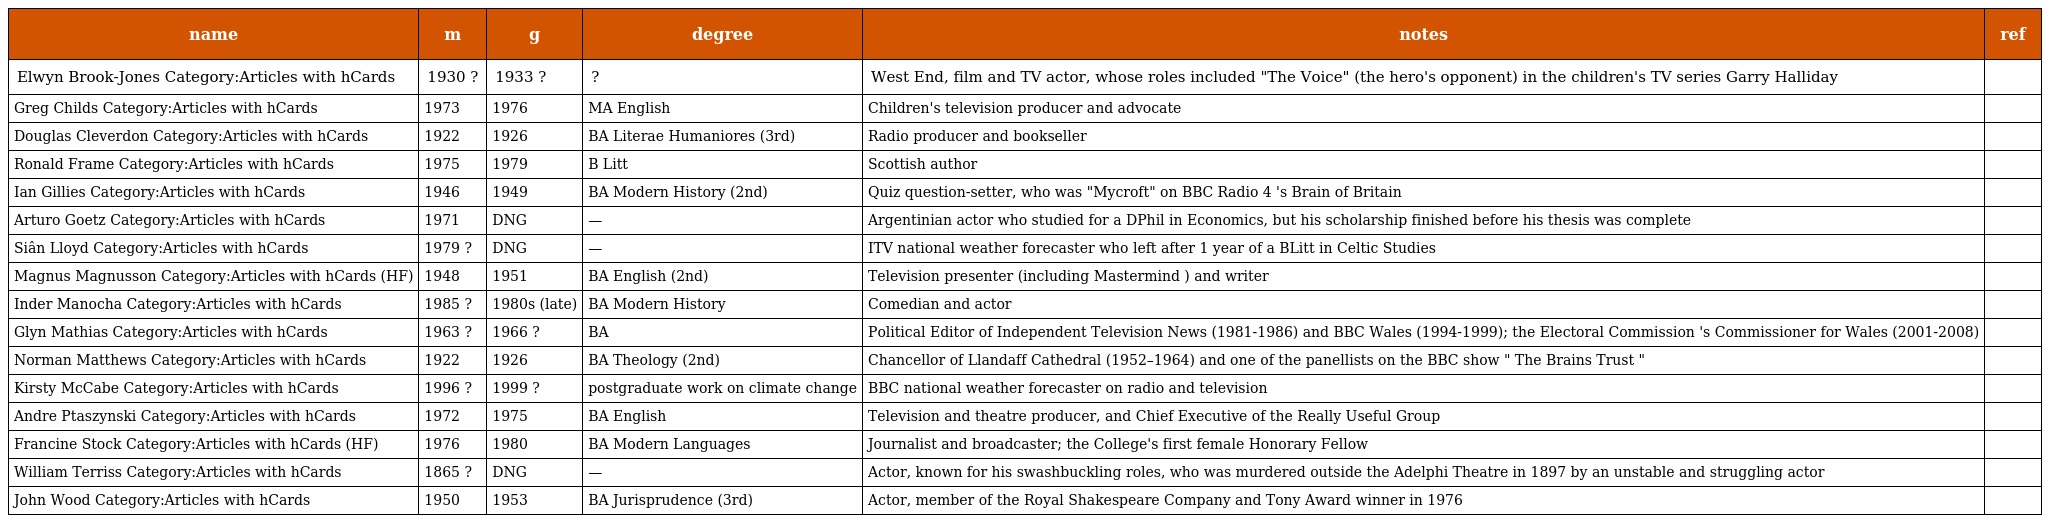
| name | m | g | degree | notes | ref |
 | --- | --- | --- | --- | --- | --- |
 | Elwyn Brook-Jones Category:Articles with hCards | 1930 ? | 1933 ? | ? | West End, film and TV actor, whose roles included "The Voice" (the hero's opponent) in the children's TV series Garry Halliday |  |
 | Greg Childs Category:Articles with hCards | 1973 | 1976 | MA English | Children's television producer and advocate |  |
 | Douglas Cleverdon Category:Articles with hCards | 1922 | 1926 | BA Literae Humaniores (3rd) | Radio producer and bookseller |  |
 | Ronald Frame Category:Articles with hCards | 1975 | 1979 | B Litt | Scottish author |  |
 | Ian Gillies Category:Articles with hCards | 1946 | 1949 | BA Modern History (2nd) | Quiz question-setter, who was "Mycroft" on BBC Radio 4 's Brain of Britain |  |
 | Arturo Goetz Category:Articles with hCards | 1971 | DNG | — | Argentinian actor who studied for a DPhil in Economics, but his scholarship finished before his thesis was complete |  |
 | Siân Lloyd Category:Articles with hCards | 1979 ? | DNG | — | ITV national weather forecaster who left after 1 year of a BLitt in Celtic Studies |  |
 | Magnus Magnusson Category:Articles with hCards (HF) | 1948 | 1951 | BA English (2nd) | Television presenter (including Mastermind ) and writer |  |
 | Inder Manocha Category:Articles with hCards | 1985 ? | 1980s (late) | BA Modern History | Comedian and actor |  |
 | Glyn Mathias Category:Articles with hCards | 1963 ? | 1966 ? | BA | Political Editor of Independent Television News (1981-1986) and BBC Wales (1994-1999); the Electoral Commission 's Commissioner for Wales (2001-2008) |  |
 | Norman Matthews Category:Articles with hCards | 1922 | 1926 | BA Theology (2nd) | Chancellor of Llandaff Cathedral (1952–1964) and one of the panellists on the BBC show " The Brains Trust " |  |
 | Kirsty McCabe Category:Articles with hCards | 1996 ? | 1999 ? | postgraduate work on climate change | BBC national weather forecaster on radio and television |  |
 | Andre Ptaszynski Category:Articles with hCards | 1972 | 1975 | BA English | Television and theatre producer, and Chief Executive of the Really Useful Group |  |
 | Francine Stock Category:Articles with hCards (HF) | 1976 | 1980 | BA Modern Languages | Journalist and broadcaster; the College's first female Honorary Fellow |  |
 | William Terriss Category:Articles with hCards | 1865 ? | DNG | — | Actor, known for his swashbuckling roles, who was murdered outside the Adelphi Theatre in 1897 by an unstable and struggling actor |  |
 | John Wood Category:Articles with hCards | 1950 | 1953 | BA Jurisprudence (3rd) | Actor, member of the Royal Shakespeare Company and Tony Award winner in 1976 |  |